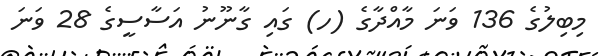
މިބިލުގެ 136 ވަނަ މާއްދާގެ (ހ) ގައި ގާނޫނު އަސާސީގެ 28 ވަނަ